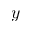
y